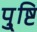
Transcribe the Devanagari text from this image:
पु्ष्टि